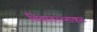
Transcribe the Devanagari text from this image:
विवादरत्नाकरः